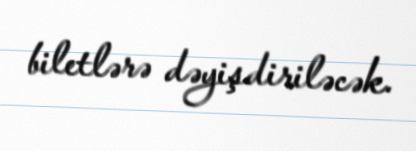
biletlərə dəyişdiriləcək.